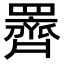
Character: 䍤